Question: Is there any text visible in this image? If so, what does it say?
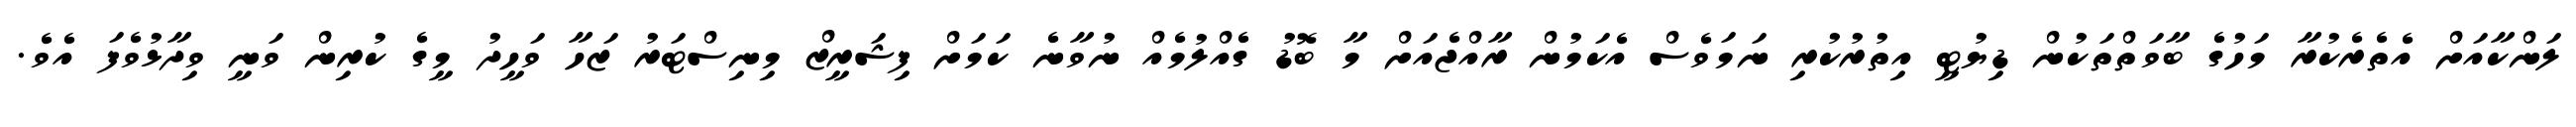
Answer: ލަންކާއަށް އެތެރެކުރާ މަހުގެ ބާވަތްތަކުން ޑިޔުޓީ އިތުރުކުރި ނަމަވެސް އެކަމުން ރާއްޖެއަށް މާ ބޮޑު ގެއްލުމެއް ނުވާނެ ކަމަށް ފިޝަރީޒް މިނިސްޓަރު ޒަހާ ވަހީދު މީގެ ކުރިން ވަނީ ވިދާޅުވެފަ އެވެ.